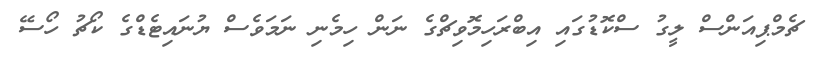
ޗެމްޕިއަންސް ލީގު ސްކޮޑުގައި އިބްރަހިމޮވިޗްގެ ނަން ހިމެނި ނަމަވެސް ޔުނައިޓެޑްގެ ކޯޗު ހޯސޭ